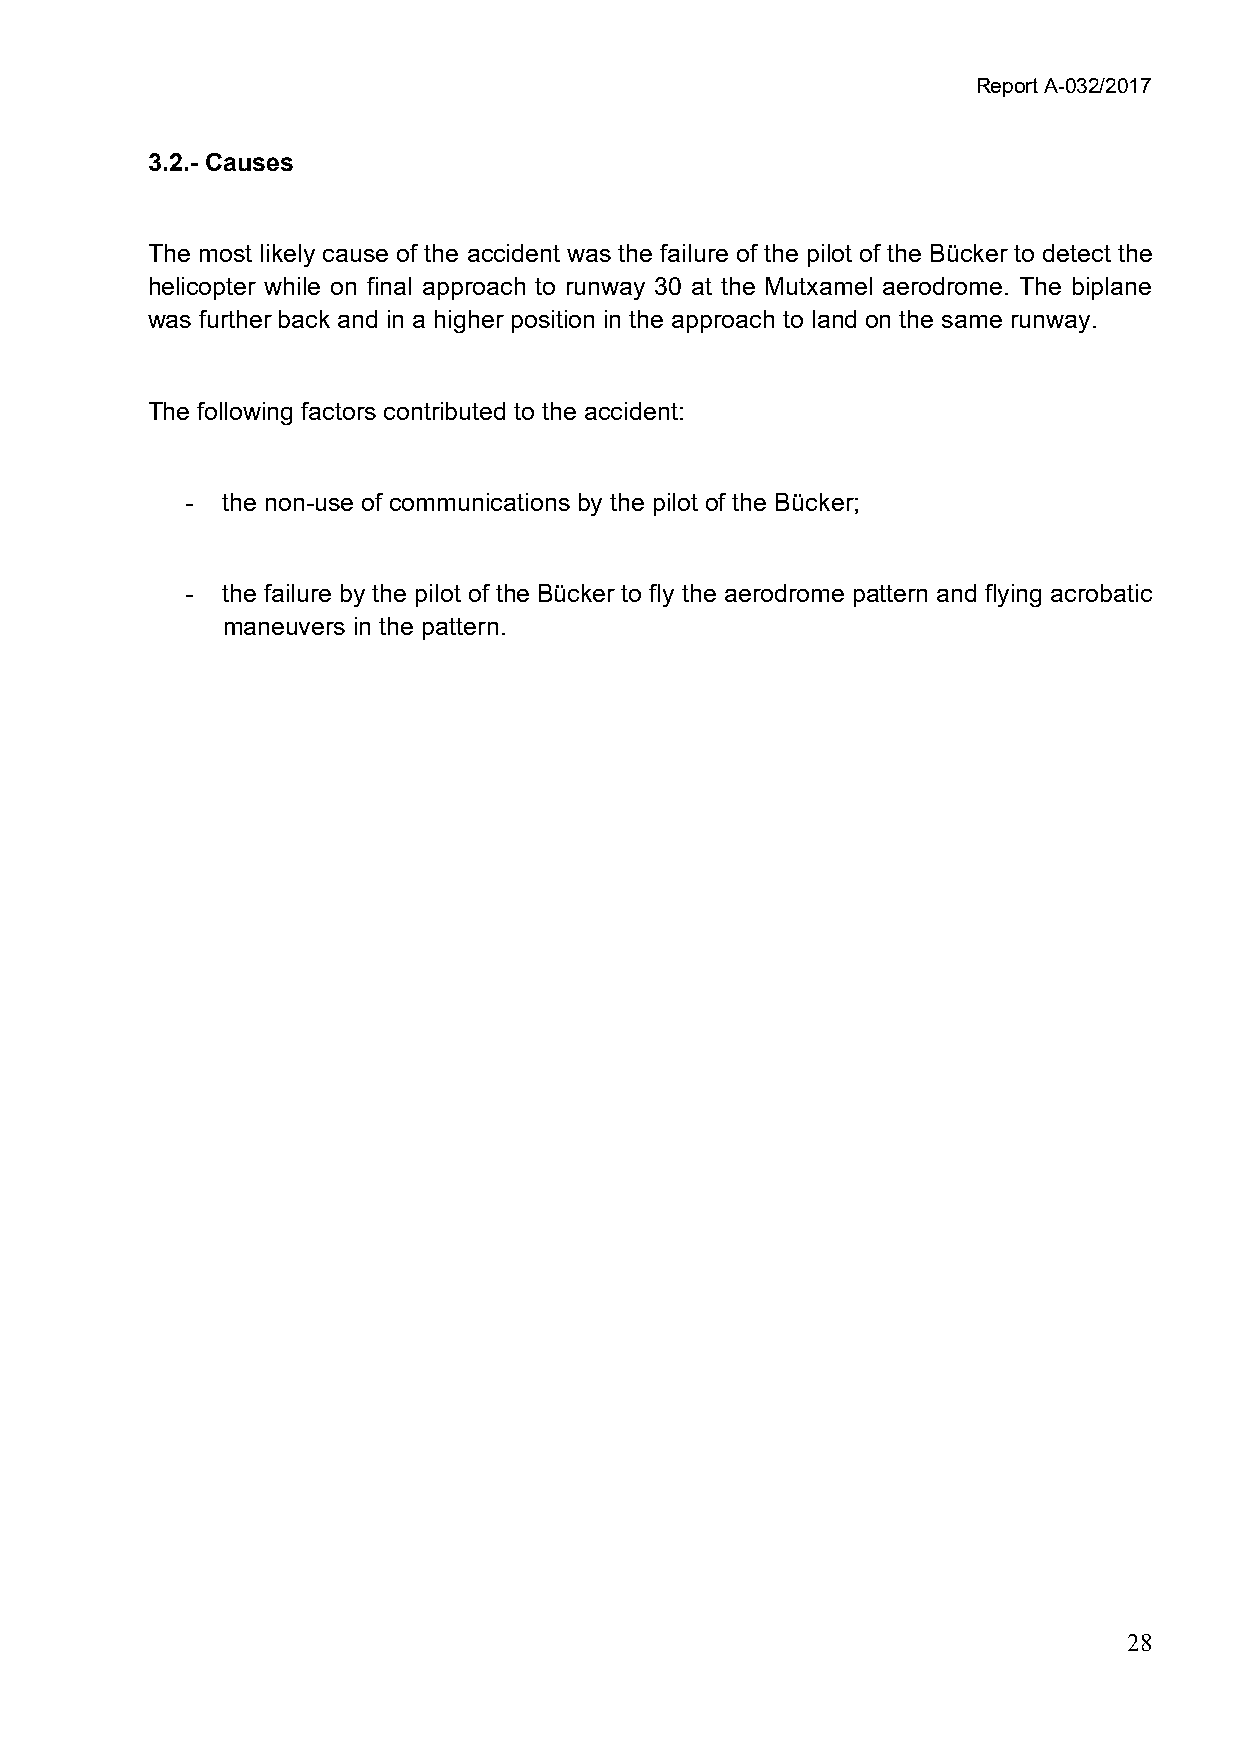
Report A-032/2017
 3.2.- Causes
 The most likely cause of the accident was the failure of the pilot of the Bücker to detect the
 helicopter while on final approach to runway 30 at the Mutxamel aerodrome. The biplane
 was further back and in a higher position in the approach to land on the same runway.
 The following factors contributed to the accident:
 -  the non-use of communications by the pilot of the Bücker;
 -  the failure by the pilot of the Bücker to fly the aerodrome pattern and flying acrobatic
 maneuvers in the pattern.
 28